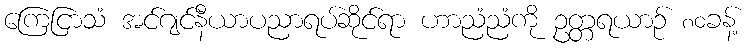
ကြေငြာသံ အင်ဂျင်နီယာပညာရပ်ဆိုင်ရာ ဟာညံညံကို ဥတ္တရယာဉ် ၈၀ခန့်